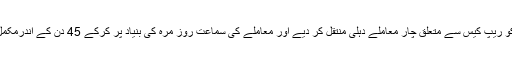
عدالت نے یکم اگست کو ریپ کیس سے متعلق چار معاملے دہلی منتقل کر دیے اور معاملے کی سماعت روز مرہ کی بنیاد پر کرکے 45 دن کے اندرمکمل کرنے کی ہدایت دی۔